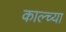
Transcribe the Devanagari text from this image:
काल्च्या